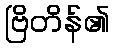
ဗြိတိန်၏